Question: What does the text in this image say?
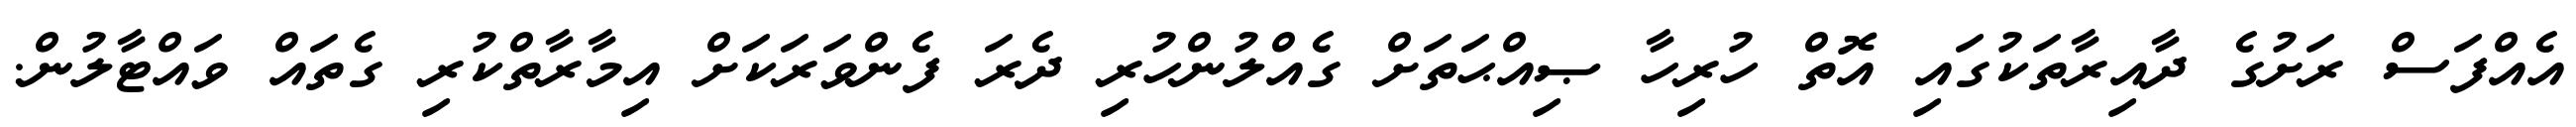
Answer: އެއްފަސް ރަށުގެ ދާއިރާތަކުގައި އޮތް ހުރިހާ ޞިއްޙަތަށް ގެއްލުންހުރި ދެރަ ފެންވަރަކަށް އިމާރާތްކުރި ގެތައް ވައްޓާލުން.